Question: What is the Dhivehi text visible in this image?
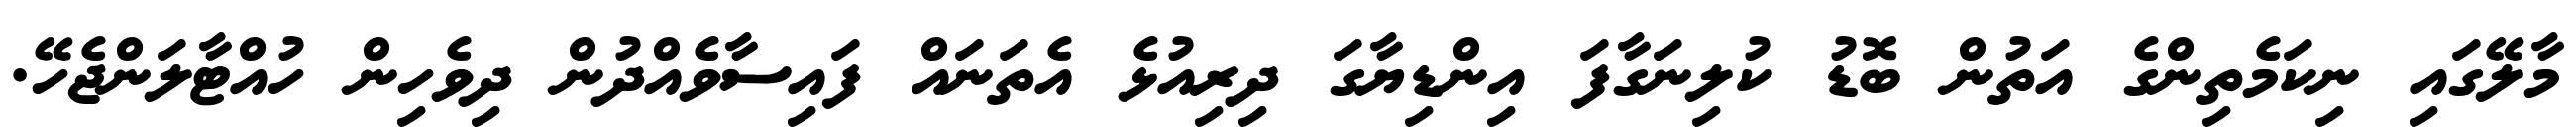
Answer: މާލޭގައި ނިކަމެތިންގެ އަތުން ބޮޑު ކުލިނަގާފަ އިންޑިޔާގަ ދިރިއުޅެ އެތަނައް ފައިސާވެއްދުން ދިވެހިން ހުއްޓާލަންޖެހޭ.